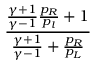
\frac { \frac { \gamma + 1 } { \gamma - 1 } \frac { p _ { R } } { p _ { l } } + 1 } { \frac { \gamma + 1 } { \gamma - 1 } + \frac { p _ { R } } { p _ { L } } }